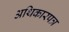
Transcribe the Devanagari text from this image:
अथिकारपत्र